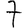
Digit: 7